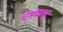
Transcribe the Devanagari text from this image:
चमत्कार्